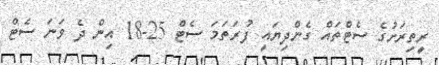
ރީތިރަށުގެ ސެޓްތައް ގެންދިޔައީ ފުރަތަމަ ސެޓް 25-18 އިން ދެ ވަނަ ސެޓް